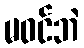
မဝင်ဘဲ